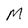
Character: M